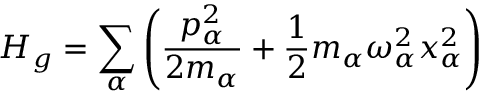
H _ { g } = \sum _ { \alpha } \left( \frac { p _ { \alpha } ^ { 2 } } { 2 m _ { \alpha } } + \frac { 1 } { 2 } m _ { \alpha } \omega _ { \alpha } ^ { 2 } x _ { \alpha } ^ { 2 } \right)